Annual administration report of the Civil Veterinary Department, Sind - 1941-1942
Year: 1941
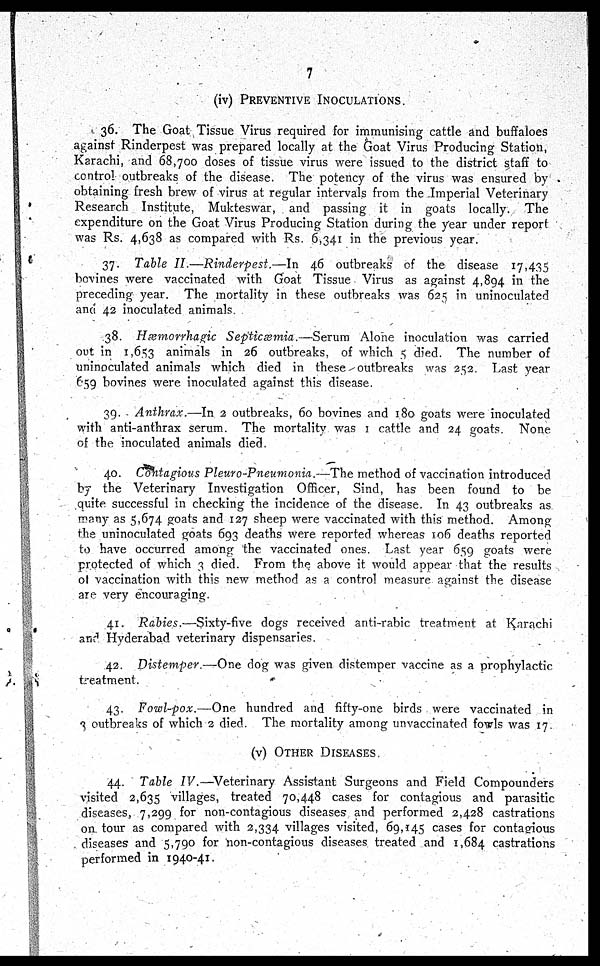
7
(iv)
PREVENTIVE INOULATIONS.
36. The Goat Tissue Virus required for immunising cattle and buffaloes
against Rinderpest was prepared locally at the Goat Virus Producing Station,
Karachi, and 68,700 doses of tissue virus were issued to the district staff to
control outbreaks of the disease. The potency of the virus was ensured by
obtaining fresh brew of virus at regular intervals from the Imperial Veterinary
Research Institute, Mukteswar, and passing it in goats locally. The
expenditure on the Goat Virus Producing Station during the year under report
was Rs. 4,638 as compared with Rs. 6,341 in the previous year.
37. Table II.—Rinderpest.—In
46 outbreaks of the disease 17,435
bovines were vaccinated with Goat Tissue Virus as against 4,894 in the
preceding year. The mortality in these outbreaks was 625 in uninoculated
and 42 inoculated animals.
38. Hæmorrhagic Septicæmia.—Serum
Alone inoculation was carried
out in 1,653 animals in 26 outbreaks, of which 5 died. The number of
uninoculated animals which died in these outbreaks was 252. Last year
659 bovines were inoculated against this disease.
39. Anthrax.—In 2 outbreaks, 60 bovines and 180 goats were inoculated
with anti-anthrax serum. The mortality was 1 cattle and 24 goats. None
of the inoculated animals died.
40. Contagious Pleuro-Pneumonia.—The method of vaccination introduced
by the Veterinary Investigation Officer, Sind, has been found to be
quite successful in checking the incidence of the disease. In 43 outbreaks as
many as 5,674 goats and 127 sheep were vaccinated with this method. Among
the uninoculated goats 693 deaths were reported whereas 106 deaths reported
to have occurred among the vaccinated ones. Last year 659 goats were
protected of which 3 died. From the above it would appear that the results
of vaccination with this new method as a control measure against the disease
are very encouraging.
41. Rabies.—Sixty-five dogs received anti-rabic treatment at Karachi
and Hyderabad veterinary dispensaries.
42. Distemper—One
dog was given distemper vaccine as a prophylactic
treatment.
43. Fowl-pox.—One
hundred and fifty-one birds were vaccinated in
3 outbreaks of which 2 died. The mortality among unvaccinated fowls was 17
(v)
OTHER DISEASES.
44. Table IV.—Veterinary Assistant Surgeons and Field Compounders
visited 2,635 villages, treated 70,448 cases for contagious and parasitic
diseases, 7,299 for non-contagious diseases and performed 2,428 castrations
on tour as compared with 2,334 villages visited, 69,145 cases for contagious
diseases and 5,790 for non-contagious diseases treated and 1,684 castrations
performed in 1940-41.